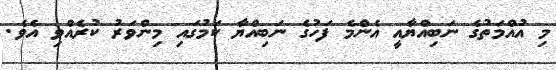
މި އުއްމަތުގެ ނަބިއްޔާއީ އެންމެ ފަހުގެ ނަބިއްޔާ ކަމުގައި މިންވަރު ކުރެއްވި އެވެ.